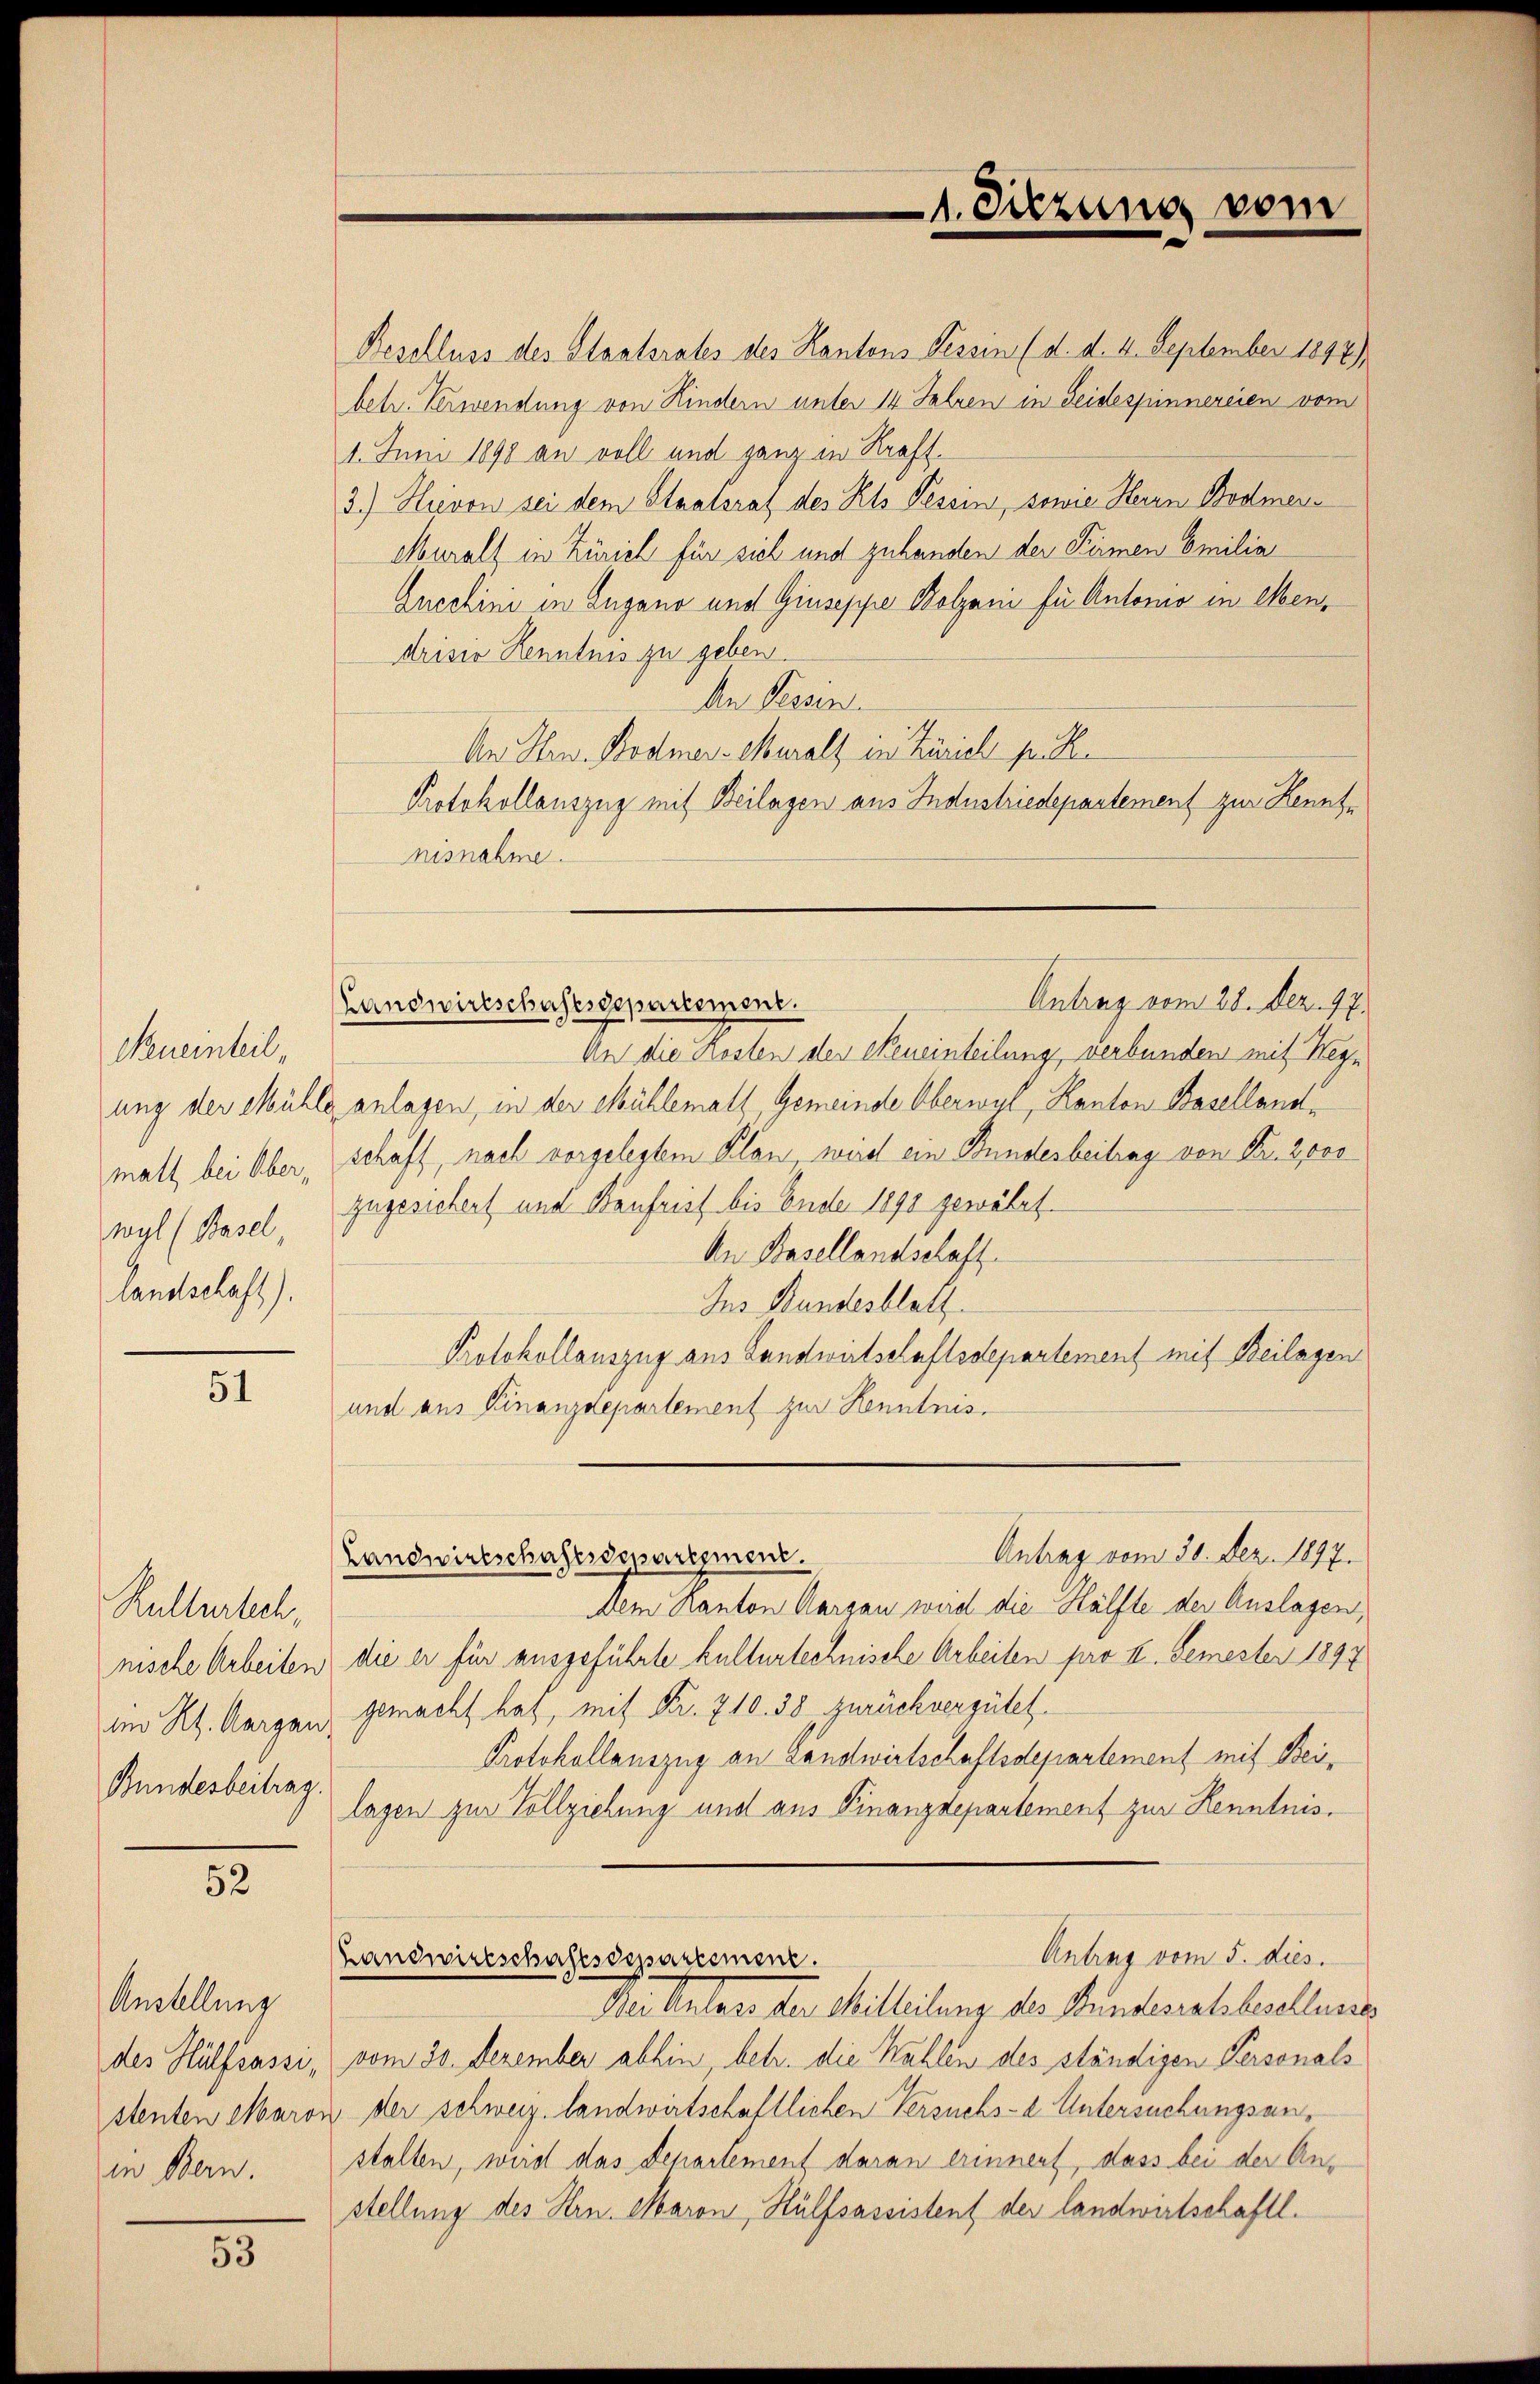
Neueinteil,
landschaft).

51

Kulturtech,
nische Arbeiten
im Kt. Aargau.
Bundesbeitrag.

52

Anstellung
des Hülfsassi,
stenten Maros
in Bern.

15

Beschluss des Staatsrates des Kantons Tessin (d. d. 4. September 1847),
betr. Verwendung von Kindern unter 14 Jahren in Seidespinnereien vom
1. Juni 1890 an voll und ganz in Kraft.
3.) Hievon sei dem Staatsrat des Kts. Tessin, sowie Herrn Bodmers
Muralt in Zürich für sieh und zuhanden der Firmen Emilia
Gucchini in Zugano und Giuseppe Bolzani für Antonio in Mendrisio Kenntnis zu geben.
An Tessin.
An Hrn. Bodmer-Muralt in Zürich p.
Protokollauszug mit Beilagen aus Industriedepartement zur Kenntnisnahme.
Antrag vom 28. Dez. 17.
Landwirtschaftsdepartement.
An die Kosten der Neueinteilung, verbunden mit Hegn
ung der Mühle anlagen, in der Mühlemath, Gemeinde Oberwyl, Kanton Basellandmall bei Ober, schaft, nach vorgelegtem Plan, wird ein Bundesbeitrag von Fr. 2000
wyl (Basel zugesichert und Baufrist bis Ende 1890 gewährt.
An Basellandschaft.
Ins Bundesblatt
Protokollauszug aus Landwirtschaftsdepartement mit Beilagen
und aus Finanzdepartement zur Kenntnis.
Antrag vom 30. Dez. 1897.
Landwirtschaftsdepartement.
Dem Kanton Aargau wird die Hälfte der Auslagen,
die er für ausgeführte Kulturtechnische Arbeiten pro 1. Semester 1897
gemacht hat, mit Fr. 710. 38 zurückvergütet.
Protokollauszug an Landwirtschaftsdepartement mit Beilagen zur Vollziehung und aus Finanzdepartement zur Kenntnis¬
Antrag vom 5. dies
Handwirtschusesdepartement.
Dei Anlass der Mitteilung des Bundesratsbeschlusses
vom 30. Dezember abhin, betr. die Wahlen des ständigen Personals
u der schweiz. landwirtschaftlichen Versuchs- u. Untersuchungsanstalten, wird das Departement daran erinnert, dass bei der Anstellung des Hrn. Maron, Hülfsassistent der landwirtschaftl.

1. Sitzung vom